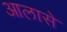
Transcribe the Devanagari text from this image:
आलासे